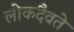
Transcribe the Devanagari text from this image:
लोकदैवते